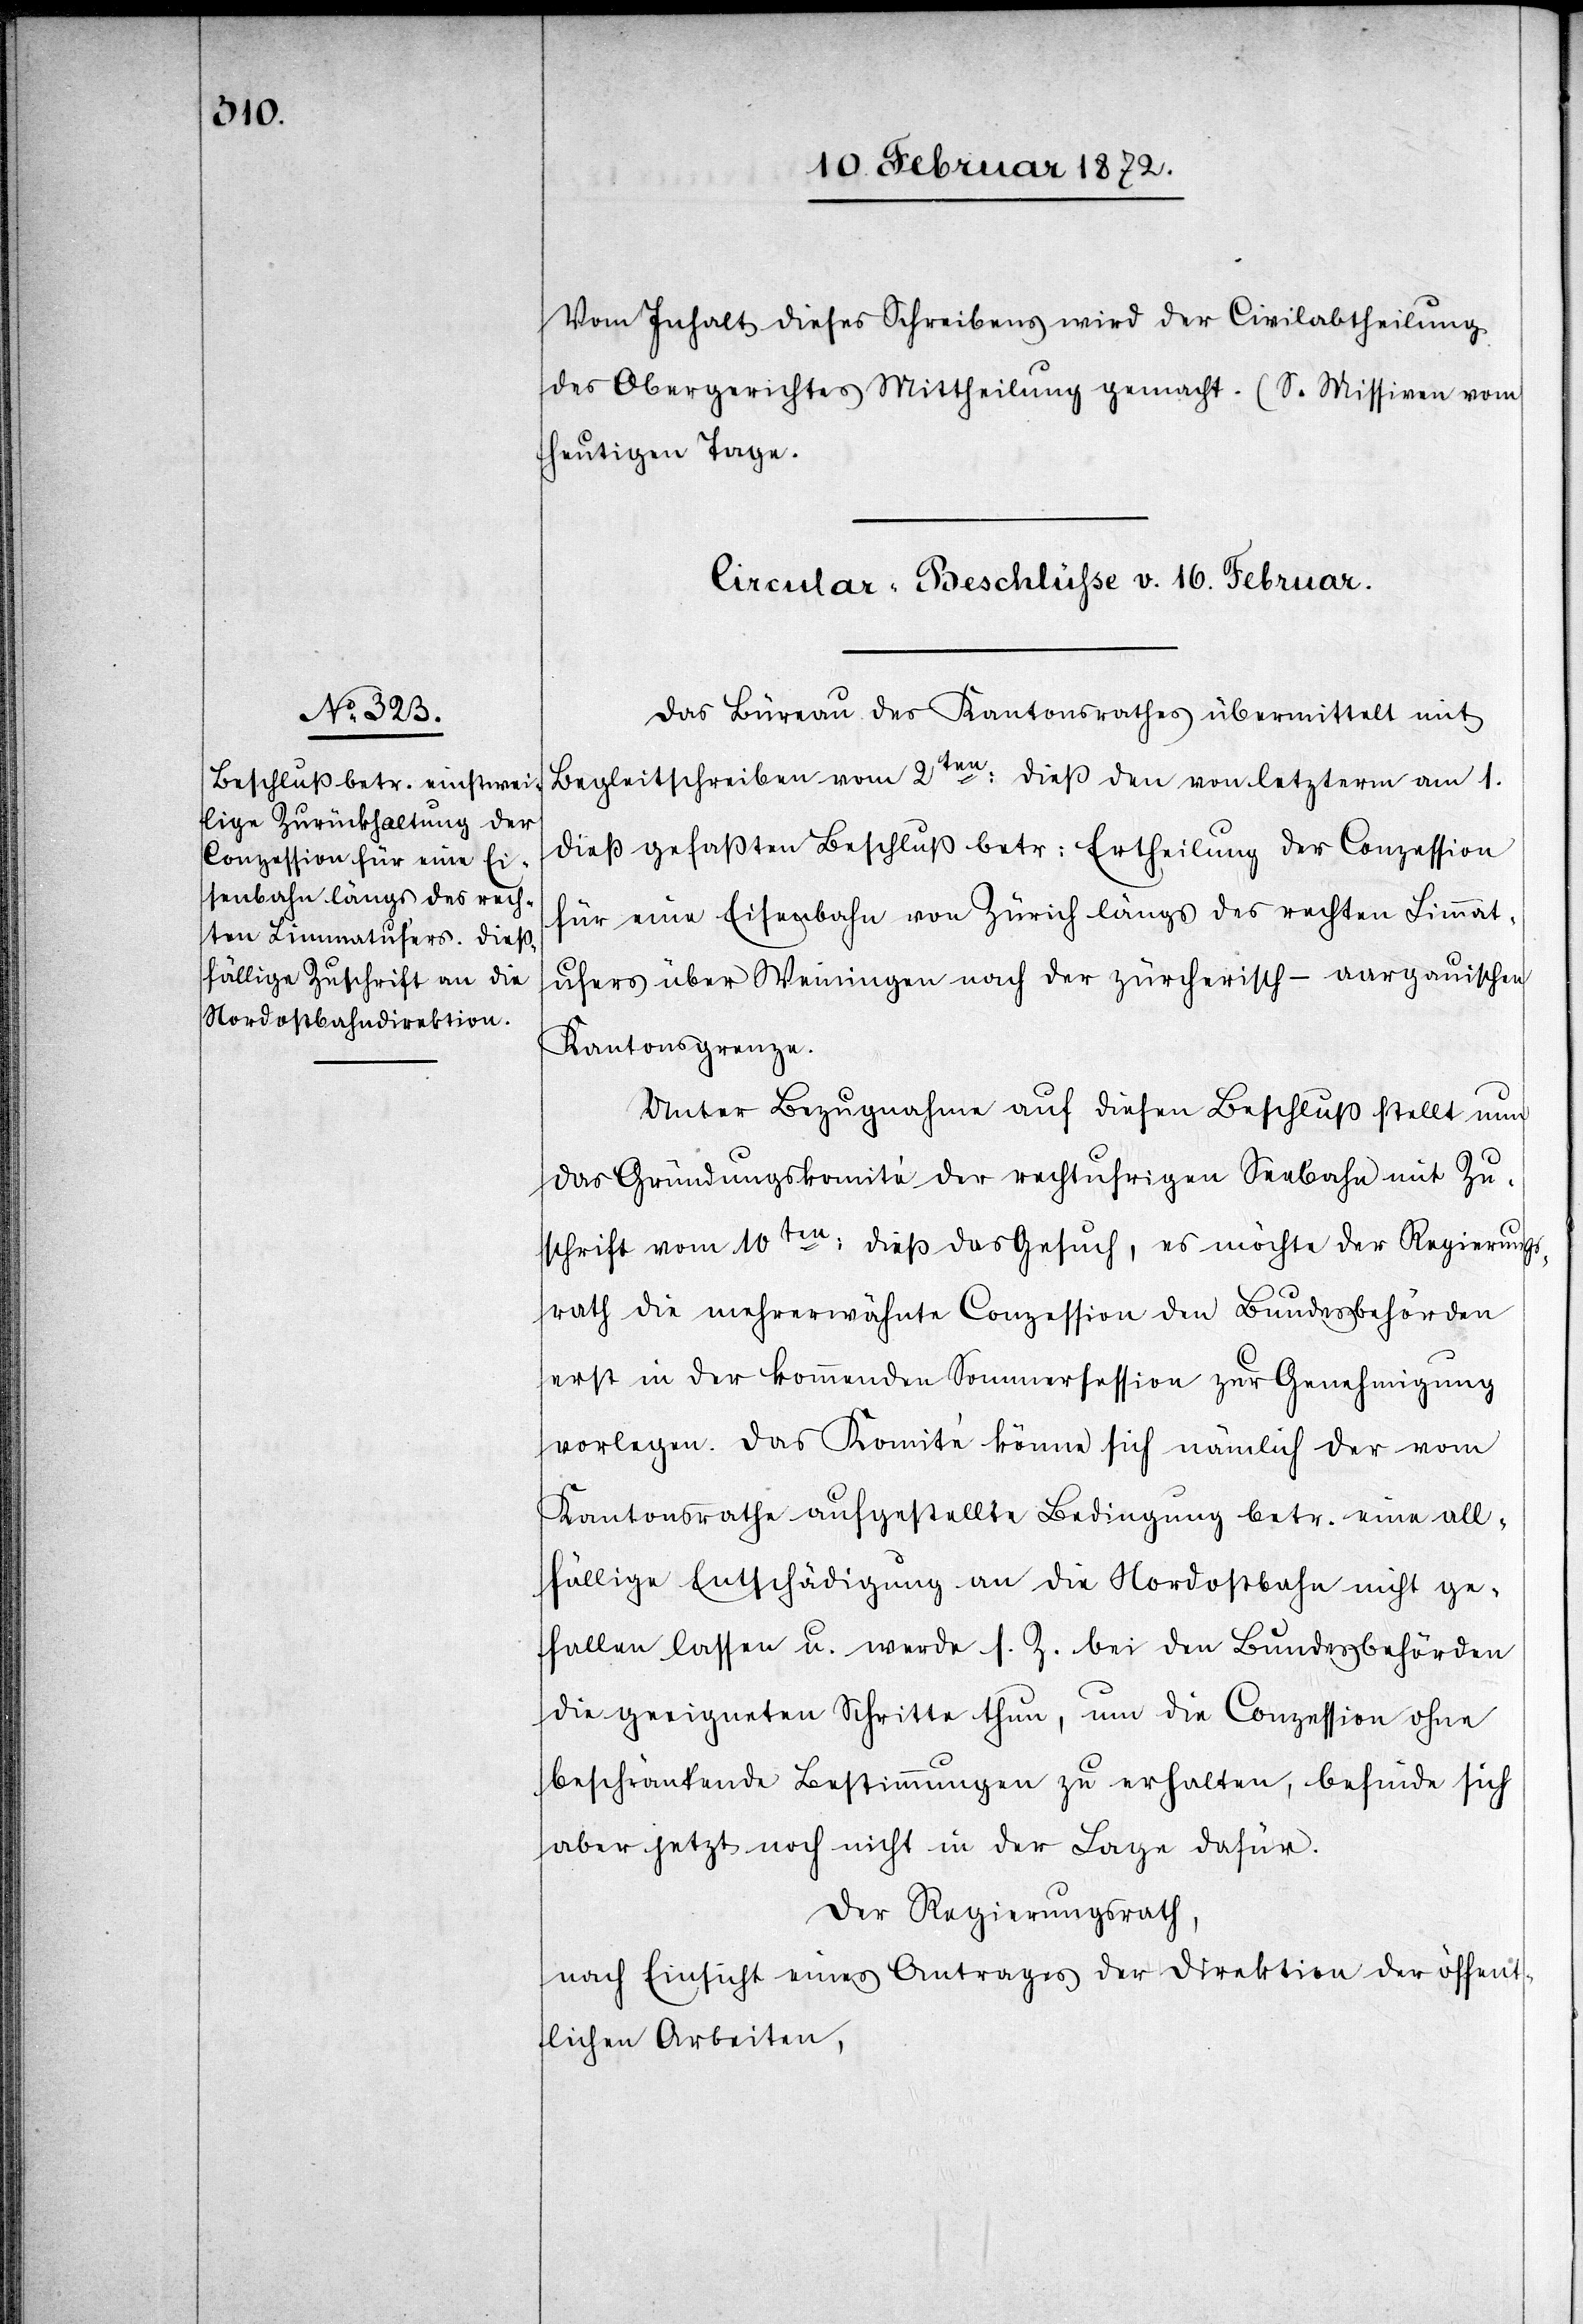
Vom Inhalt dieses Schreibens wird der Civilabtheilung
des Obergerichtes Mittheilung gemacht. (S. Missiven vom
heutigen Tage.)
Circular-Beschlüsse v. 16. Februar.
Das Büreau des Kantonsrathes übermittelt mit
Begleitschreiben vom 2ten dieß den von letzterm am 1.
dieß gefaßten Beschluß betr. Ertheilung der Conzession
für eine Eisenbahn von Zürich längs des rechten Limmat¬
ufers über Weiningen nach der zürcherisch-aargauischen
Kantonsgrenze.
Unter Bezugnahme auf diesen Beschluß stellt nun
das Gründungskomité der rechtufrigen Seebahn mit Zu¬
schrift vom 10ten dieß das Gesuch, es möchte der Regierungs¬
rath die mehrerwähnte Conzession den Bundesbehörden
erst in der kommenden Sommersession zur Genehmigung
vorlegen. Das Komité könne sich nämlich der vom
Kantonsrathe aufgestellte Bedingung [sic!] betr. eine all¬
fällige Entschädigung an die Nordostbahn nicht ge¬
fallen lassen u. werde s. Z. bei den Bundesbehörden
die geeigneten Schritte thun, um die Conzession ohne
beschränkende Bestimmungen zu erhalten, befinde sich
aber jetzt noch nicht in der Lage dafür.
Der Regierungsrath,
nach Einsicht eines Antrages der Direktion der öffent¬
lichen Arbeiten,